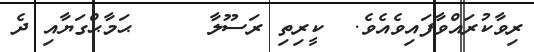
ރިވާކުރައްވާފައިވެއެވެ.  ކީރިތި ރަސޫލާ     ޙަމާޙްގަޔާއި ދެ